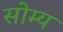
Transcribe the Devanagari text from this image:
सोम्य